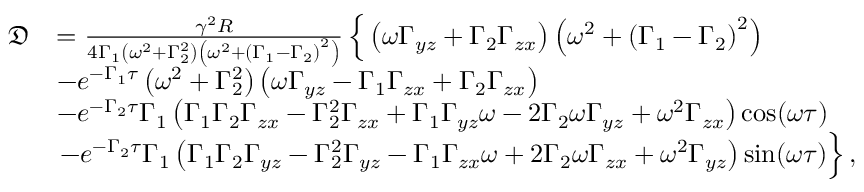
\begin{array} { r l } { \mathfrak { D } } & { = \frac { \gamma ^ { 2 } R } { 4 \Gamma _ { 1 } \left( \omega ^ { 2 } + \Gamma _ { 2 } ^ { 2 } \right) \left( \omega ^ { 2 } + \left( \Gamma _ { 1 } - \Gamma _ { 2 } \right) ^ { 2 } \right) } \left\{ \vphantom { \int _ { 0 } ^ { 0 } } \left( \omega \Gamma _ { y z } + \Gamma _ { 2 } \Gamma _ { z x } \right) \left( \omega ^ { 2 } + \left( \Gamma _ { 1 } - \Gamma _ { 2 } \right) ^ { 2 } \right) \right. } \\ & { - e ^ { - \Gamma _ { 1 } \tau } \left( \omega ^ { 2 } + \Gamma _ { 2 } ^ { 2 } \right) \left( \omega \Gamma _ { y z } - \Gamma _ { 1 } \Gamma _ { z x } + \Gamma _ { 2 } \Gamma _ { z x } \right) } \\ & { - e ^ { - \Gamma _ { 2 } \tau } \Gamma _ { 1 } \left( \Gamma _ { 1 } \Gamma _ { 2 } \Gamma _ { z x } - \Gamma _ { 2 } ^ { 2 } \Gamma _ { z x } + \Gamma _ { 1 } \Gamma _ { y z } \omega - 2 \Gamma _ { 2 } \omega \Gamma _ { y z } + \omega ^ { 2 } \Gamma _ { z x } \right) \cos ( \omega \tau ) } \\ & { \left. - e ^ { - \Gamma _ { 2 } \tau } \Gamma _ { 1 } \left( \Gamma _ { 1 } \Gamma _ { 2 } \Gamma _ { y z } - \Gamma _ { 2 } ^ { 2 } \Gamma _ { y z } - \Gamma _ { 1 } \Gamma _ { z x } \omega + 2 \Gamma _ { 2 } \omega \Gamma _ { z x } + \omega ^ { 2 } \Gamma _ { y z } \right) \sin ( \omega \tau ) \vphantom { \int _ { 0 } ^ { 0 } } \right\} , } \end{array}